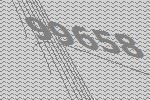
99658